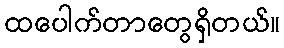
ထပေါက်တာတွေရှိတယ်။